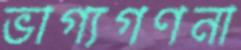
ভাগ্যগণনা